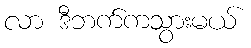
လာ ဒီဘက်ကသွားမယ်